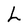
Character: L